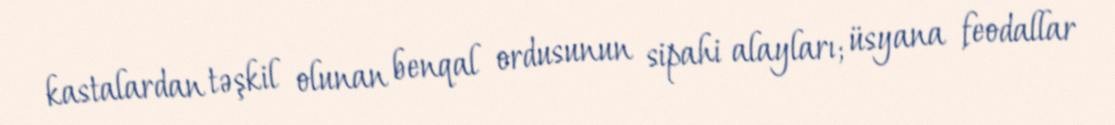
kastalardan təşkil olunan benqal ordusunun sipahi alayları; üsyana feodallar